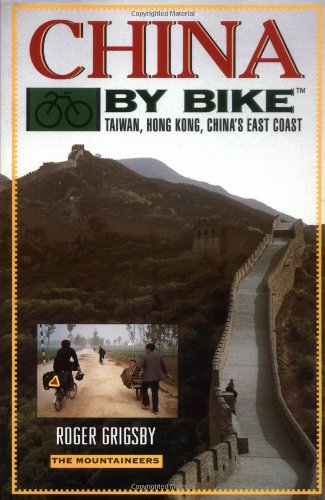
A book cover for China by Bike: Taiwan, Hong Kong, China's East Coast; Roger Grigsby; Travel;